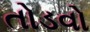
તોડવો